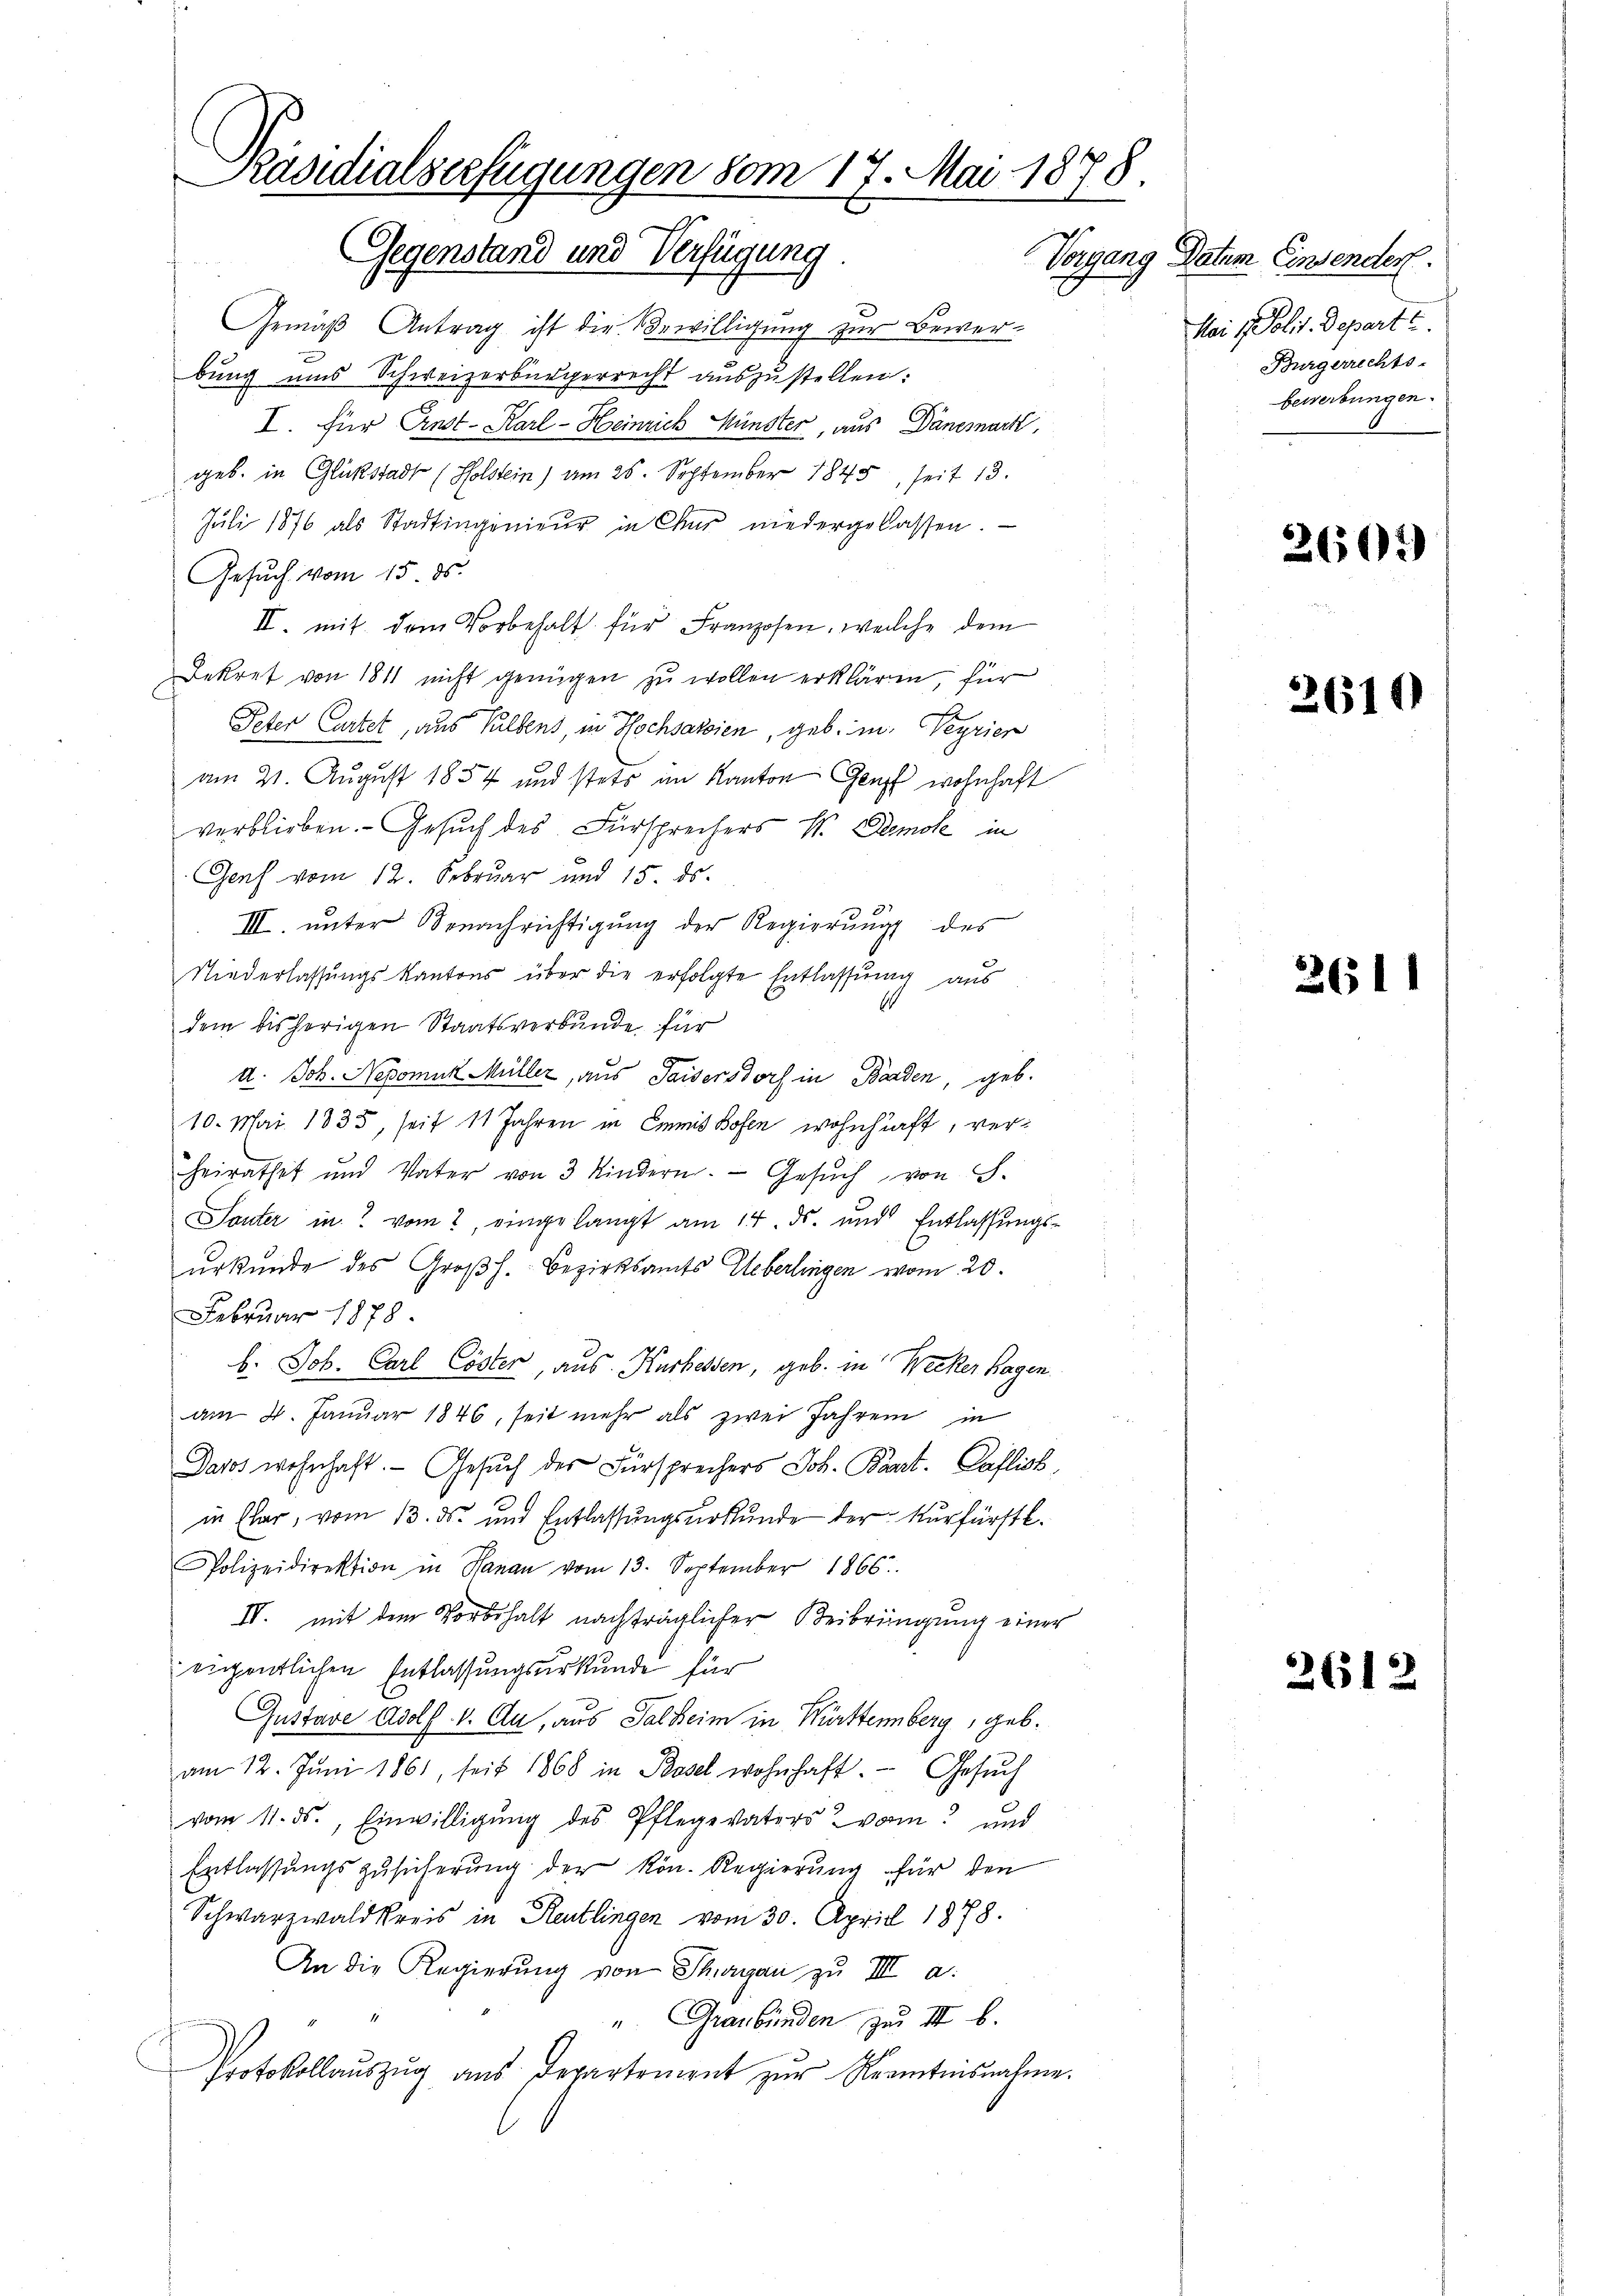
Präsidialserfügungen vom 17. Mai 1878.
Gegenstand und Verfügung
Vorgang Datum Einsender.
2

Gemäß Antrag ist die Bewilligung zur Bewerx
bung uns Schweizerbürgerrecht auszustellen:
I. Für Ernst-Karl-Heinrich Münster, aus Dänemark,
geb. in Glückstadt (Holstein) am 25. September 1845, seit 13.
Juli 1876 als Stadtingenieŭr in Chur niedergelassen.
Gesuch vom 15. ds.
II. mit dem Vorbehalt für Franzosen, welche dem
Bekret von 1811 nicht genügen zu wollen erklären, für
Peter Cartet, aus Selbens, in Hochsarsien, geb. in Veyrier
am 21. August 1854 und stets im Kanton Genf wohnhaft
verblieben. - Gesuch des Fürsprechers W. Demole in
Genf vom 12. Februar und 15. ds.
3
III. unter Benachrichtigŭng der Regierŭng des
Niederlassungskantons über die erfolgte Entlassung aus
dem bisherigen Staatsverbunde für
U. Joh. Nepomuk Müller, aus Saisersdorf in Borden, geb.
10. Mai 1835, seit 11 Jahren in Emmis Bofen wohnhaft, verheirathet und Vater von 3 Kindern. Gesŭch von S.
Souter in vom 2. eingelangt am 14. ds. und Entlassungsurkunde des Großh. Bezirksamts Ueberlingen vom 20.
Februar 1878
b. Joh. Carl Cöster, aus. Kurhessen, geb. in Necker Hagen
am 4. Januar 1846, seit mehr als zwei Jahren in
Dasos wohnhaft. Gesuch des Fürsprechers Joh. Bant. Caflich
in Elar, vom 13. ds. und Entlassungsurkunde der Kurfürstl.
Polizeidirektion in Hanau vom 13. September 1866
IV. mit dem Vorbehalt nachträglicher Beibringung einer
eigentlichen Entlassungsurkunde für
Gustave Adolf 1. Au, aus Salheim in Württemberg, geb.
am 12. Jŭni 1861, seit 1868 in Basel wohnhaft. Gesŭch
vom 11. ds., Einwilligŭng des Pflegevaters vor und
Entlassungszusicherung der kön. Regierung für den
Schwarzwaldkreis in Reutlingen vom 30. April 1878.
An die Regierŭng von Thurgau zu III a.
u. Graubünden zu III b.
Protokollauszug aus Departement zur Kenntensnahme.

Mai 1 Polit. Depart t
Burgerrechts-
bewerbungen.

2603

2610

261

2612